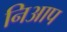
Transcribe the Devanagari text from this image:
निआप